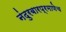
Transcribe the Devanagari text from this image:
नंदुरबारप्रमाणेच